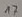
Text: 17